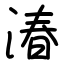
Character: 湷